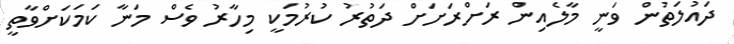
ދައުލަތުން ވަނީ މާލެއިން ރަށްރަށަށް ދަތުރު ކުރުމަކީ މިހާރު ވެސް މަނާ ކަމަކަށްވާތީ